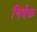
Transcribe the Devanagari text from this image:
निर्बळ